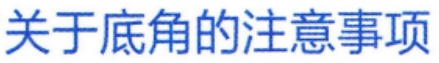
关于底角的注意事项